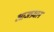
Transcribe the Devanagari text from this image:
आजप्रधान